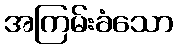
အကြမ်းခံသော